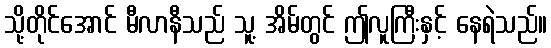
သို့တိုင်အောင် မီလာနီသည် သူ့ အိမ်တွင် ဤလူကြီးနှင့် နေရဲသည်။